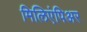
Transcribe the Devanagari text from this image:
मिलिएंपिअर